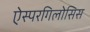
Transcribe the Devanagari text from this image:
ऐस्परगिलोसिस